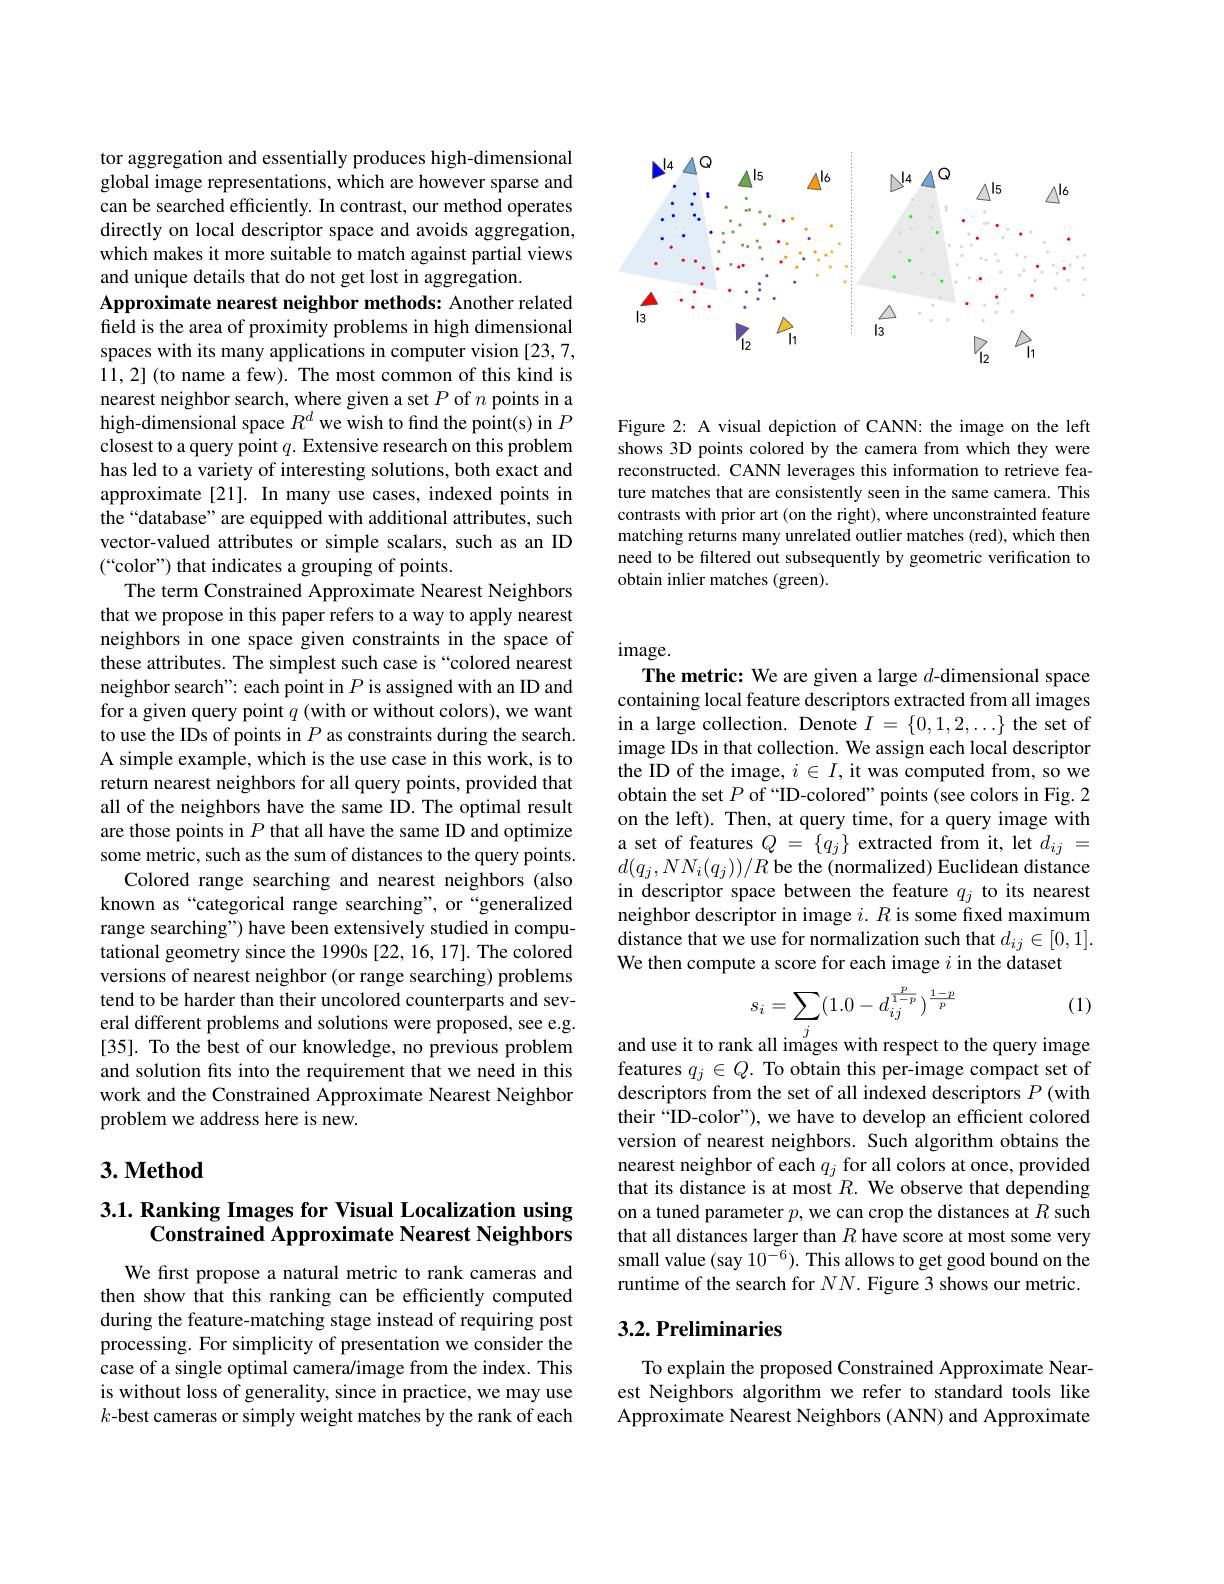
<FigureHere>

Figure 2: A visual depiction of CANN: the image on the left shows 3D points colored by the camera from which they were reconstructed. CANN leverages this information to retrieve feature matches that are consistently seen in the same camera. This contrasts with prior art (on the right), where unconstrainted feature matching returns many unrelated outlier matches (red), which then need to be filtered out subsequently by geometric verification to obtain inlier matches (green).

tor aggregation and essentially produces high-dimensional global image representations, which are however sparse and can be searched efficiently. In contrast, our method operates directly on local descriptor space and avoids aggregation, which makes it more suitable to match against partial views and unique details that do not get lost in aggregation.
Approximate nearest neighbor methods: Another related field is the area of proximity problems in high dimensional spaces with its many applications in computer vision [23,7, 11,2](to name a few). The most common of this kind is nearest neighbor search, where given a set $P$ of $n$ points in a high-dimensional space $R^d$ we wish to find the point(s) in $P$ closest to a query point $q.$ Extensive research on this problem has led to a variety of interesting solutions, both exact and approximate [21]. In many use cases, indexed points in the“database” are equipped with additional attributes, such vector-valued attributes or simple scalars, such as an ID (“color”) that indicates a grouping of points.
The term Constrained Approximate Nearest Neighbors that we propose in this paper refers to a way to apply nearest neighbors in one space given constraints in the space of these attributes. The simplest such case is “colored nearest neighbor search": each point in $P$ is assigned with an ID and for a given query point $q$ (with or without colors), we want to use the IDs of points in $P$ as constraints during the search. A simple example, which is the use case in this work, is to return nearest neighbors for all query points, provided that all of the neighbors have the same ID. The optimal result are those points in $P$ that all have the same ID and optimize some metric, such as the sum of distances to the query points.
Colored range searching and nearest neighbors (also known as“categorical range searching", or“generalized range searching") have been extensively studied in computational geometry since the 1990s [22, 16, 17]. The colored versions of nearest neighbor (or range searching) problems tend to be harder than their uncolored counterparts and several different problems and solutions were proposed, see e.g. [35]. To the best of our knowledge, no previous problem and solution fits into the requirement that we need in this work and the Constrained Approximate Nearest Neighbor problem we address here is new.

## $3. \textbf{Method}$

## 3.1. Ranking Images for Visual Localization using Constrained Approximate Nearest Neighbors

We first propose a natural metric to rank cameras and then show that this ranking can be efficiently computed during the feature-matching stage instead of requiring post processing. For simplicity of presentation we consider the case of a single optimal camera/image from the index. This is without loss of generality, since in practice, we may use $k$-best cameras or simply weight matches by the rank of each

$image.$
The metric: We are given a large $d$-dimensional space containing local feature descriptors extracted from all images in a large collection. Denote $I=\{0,1,2,\ldots\}$ the set of image IDs in that collection. We assign each local descriptor the ID of the image, $i\in I$, it was computed from, so we obtain the set $P$ of “ ID- colored” points( see colors in Fig. 2 on the left). Then, at query time, for a query image with a set of features $Q=\{q_j\}$ extracted from it, let $d_ij=$ $d(q_{j},NN_{i}(q_{j}))/R$ be the (normalized) Euclidean distance in descriptor space between the feature $q_j$ to its nearest neighbor descriptor in image $i.R$ is some fxed maximum distance that we use for normalization such that $d_ij\in[0,1].$ We then compute a score for each image $i$ in the dataset

(1)
$$s_{i}=\sum(1.0-d_{ij}^{\frac{p}{1-p}})^{\frac{1-p}{p}}\\\text{k all images with respect to}$$
and use it to rank
the query image
features $q_j\in Q.$ To obtain this per-image compact set of descriptors from the set of all indexed descriptors $P$ (with their “ID-color”), we have to develop an efficient colored version of nearest neighbors. Such algorithm obtains the nearest neighbor of each $q_j$ for all colors at once, provided that its distance is at most $R.$ We observe that depending on a tuned parameter $p$, we can crop the distances at $R$ such that all distances larger than $R$ have score at most some very small value (say $10^{-6}).$ This allows to get good bound on the runtime of the search for $NN.$ Figure 3 shows our metric.

# 3.2. Preliminaries

To explain the proposed Constrained Approximate Nearest Neighbors algorithm we refer to standard tools like Approximate Nearest Neighbors (ANN) and Approximate